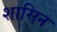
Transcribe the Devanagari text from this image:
शासिन